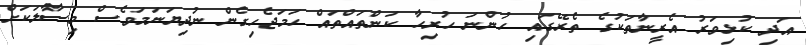
އަދި ކުޅިވަރު އެރީނާތަކުގެ ތެރޭގައި ހުންނަ ހުރިހާ ކަންތައްތައް ހަމަޖެހިގެން ނުދިޔަނަމަވެސް މިސާލަކަށް